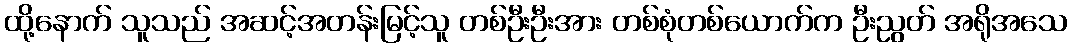
ထို့နောက် သူသည် အဆင့်အတန်းမြင့်သူ တစ်ဦးဦးအား တစ်စုံတစ်ယောက်က ဦးညွတ် အရိုအသေ